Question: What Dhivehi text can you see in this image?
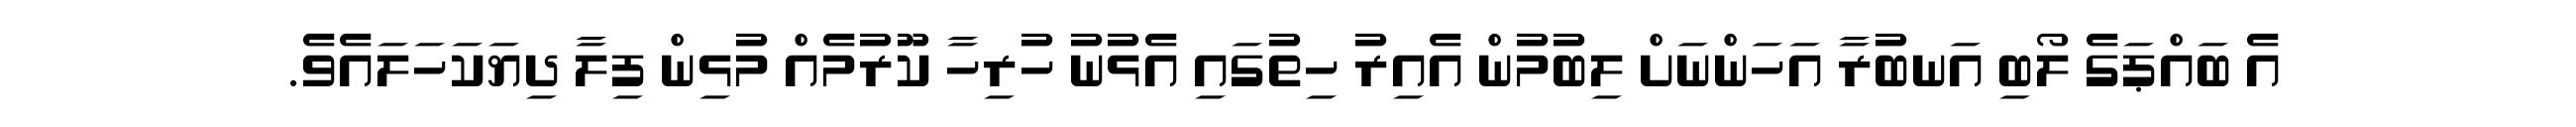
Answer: އެ ބައްޕަގެ ލޯބި އަނބުރާ އަހަންނަށް ލިބުމުން އެއިރު ހިތުގައި އެޅުނު ހުރިހާ ކޫރުމެއް މުޅިން ފިލާ ދިޔަކަހަލައެވެ.